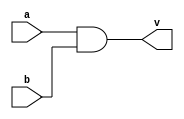
module andcompuerta ( input a, b, 
output v);

assign v=(a&b);

endmodule